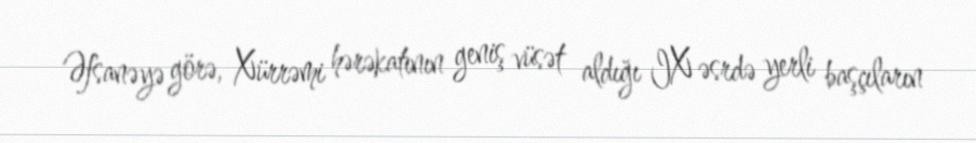
Əfsanəyə görə, Xürrəmi hərəkatının geniş vüsət aldığı IX əsrdə yerli başçıların